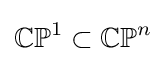
\mathbb {CP} ^{1}\subset \mathbb {CP} ^{n}